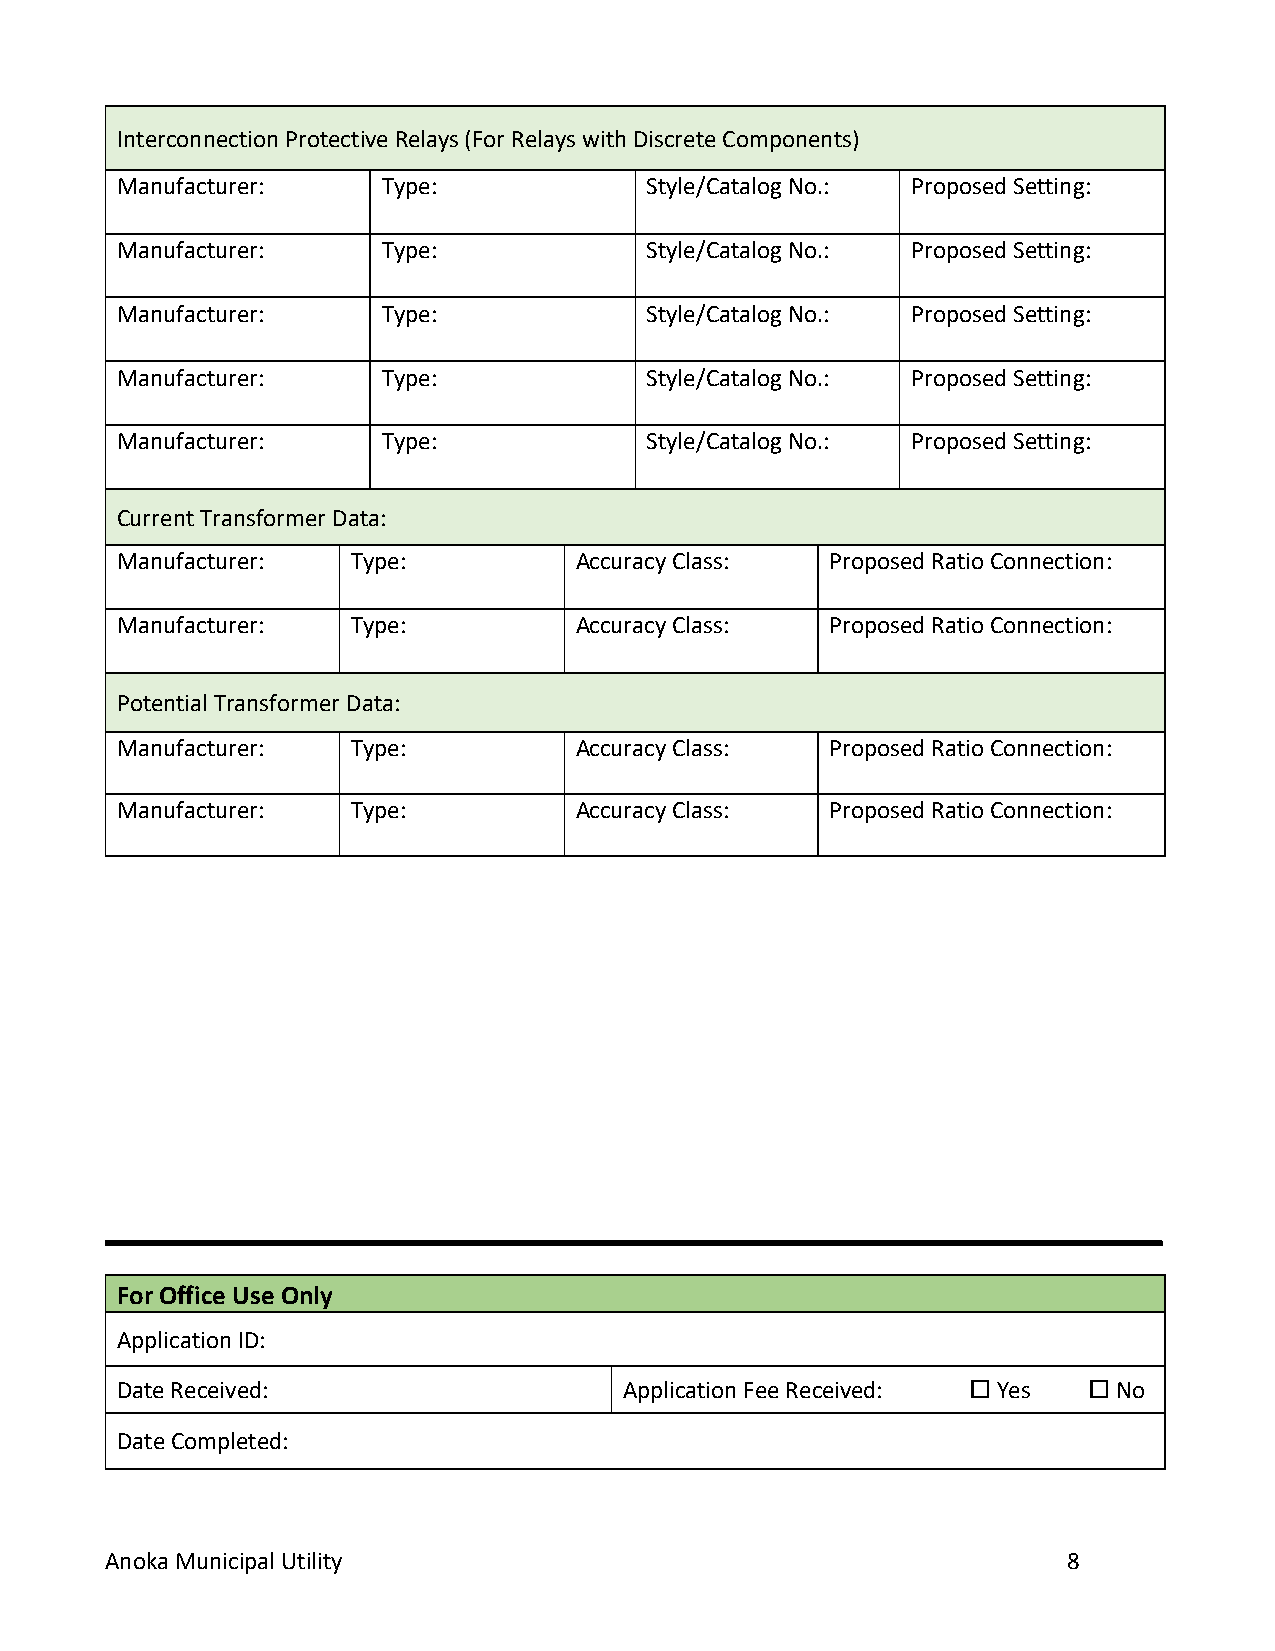
Interconnection Protective Relays (For Relays with Discrete Components)
 Manufacturer:    Type:             Style/Catalog No.: Proposed Setting:
 Manufacturer:    Type:             Style/Catalog No.: Proposed Setting:
 Manufacturer:    Type:             Style/Catalog No.: Proposed Setting:
 Manufacturer:    Type:             Style/Catalog No.: Proposed Setting:
 Manufacturer:    Type:             Style/Catalog No.: Proposed Setting:
 Current Transformer Data:
 Manufacturer:  Type:          Accuracy Class:  Proposed Ratio Connection:
 Manufacturer:  Type:          Accuracy Class:  Proposed Ratio Connection:
 Potential Transformer Data:
 Manufacturer:  Type:          Accuracy Class:  Proposed Ratio Connection:
 Manufacturer:  Type:          Accuracy Class:  Proposed Ratio Connection:
 For Office Use Only
 Application ID:
 Date Received:                   Application Fee Received:  Yes  No
 Date Completed:
 Anoka Municipal Utility                                         8